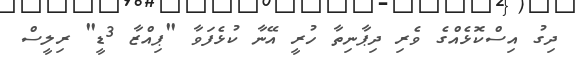
ދިގު އިސްކޮޅެއްގެ ވެރި ދިޕާނިތާ ހުރީ އޭނާ ކުޅެފަވާ "ޕިއްޒާ 3ޑީ" ރިލީސް